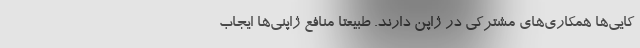
کایی‌ها همکاری‌های مشترکی در ژاپن دارند. طبیعتا منافع ژاپنی‌ها ایجاب